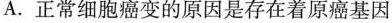
A.正常细胞癌变的原因是存在着原癌基因